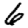
Digit: 6